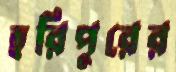
হরিপুরের